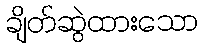
ချိတ်ဆွဲထားသော